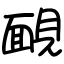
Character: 靦